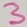
Text: 3